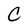
Character: C